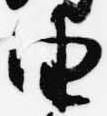
由